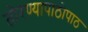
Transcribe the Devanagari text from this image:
तोरण्यापाठोपाठ